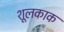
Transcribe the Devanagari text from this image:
शूलकाक